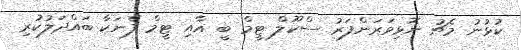
ކުޅުނު މެޗު ނޮޅިވަރަންފަރު ސްކޫލް ޓީމް ބީ އާއި ޓީމް ފެނަކާ ބައްދަލުކުރި